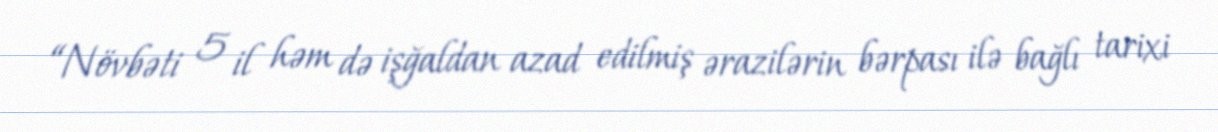
“Növbəti 5 il həm də işğaldan azad edilmiş ərazilərin bərpası ilə bağlı tarixi